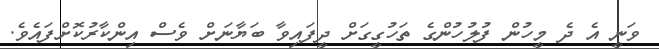
ވަނީ އެ ދެ މީހުން ފުލުހުންގެ ތަހުގީގަށް ދީފައިވާ ބަޔާނަށް ވެސް އިންކާރުކޮށްފައެވެ.